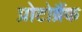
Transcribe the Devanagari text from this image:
प्रोटोब्रैंक